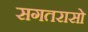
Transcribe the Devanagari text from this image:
सगतरासो